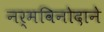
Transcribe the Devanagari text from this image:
नर्मविनोदाने